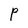
Character: P